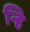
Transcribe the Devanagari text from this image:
न्हि